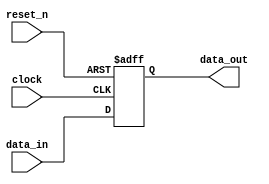
module SequentialLogic(
    input wire clock,        // Clock signal
    input wire reset_n,     // Active low reset signal
    input wire [7:0] data_in, // Input data
    output reg [7:0] data_out // Output data
);

// Synchronous reset or state update on clock edges
always @(posedge clock or negedge reset_n) begin
    if (!reset_n) begin
        // Asynchronous reset logic
        data_out <= 8'b0; // Reset output to zero
    end else begin
        // State update logic on positive edge of clock
        data_out <= data_in; // Update output with input data
    end
end

endmodule